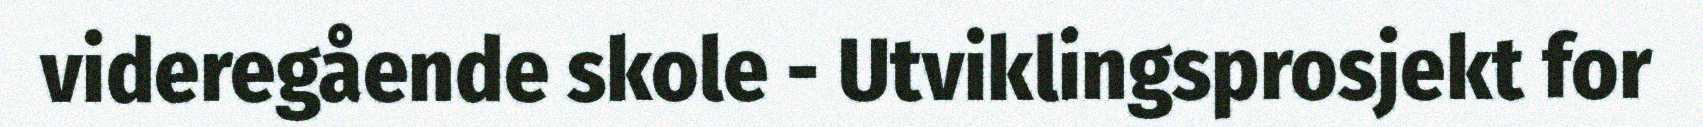
videregående skole - Utviklingsprosjekt for